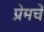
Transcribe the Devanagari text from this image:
प्रेमचे